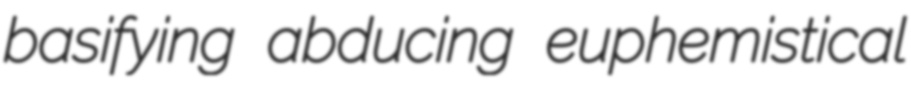
basifying abducing euphemistical